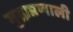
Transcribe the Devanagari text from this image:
मुद्राप्रणाली